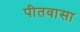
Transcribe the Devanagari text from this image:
पीतवासा